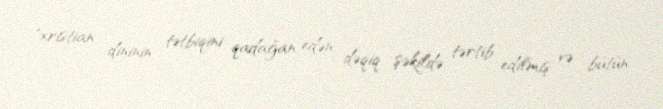
"xristian dininin tətbiqini qadağan edən, dəqiq şəkildə tərtib edilmiş və bütün